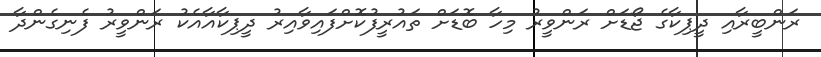
ރަންބީރާއި ދީޕިކާގެ ޖޯޑަށް ރަންވީރު މިހާ ބޮޑަށް ތައުރީފުކޮށްފައިވާއިރު ދީޕިކާއާއެކު ރަންވީރު ފެނިގެންދާ